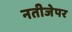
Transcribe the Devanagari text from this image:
नतीजेपर